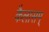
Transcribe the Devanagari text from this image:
कैलासम्‌